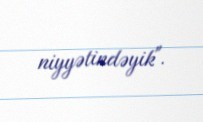
niyyətindəyik".